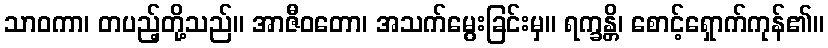
သာဝကာ၊ တပည့်တို့သည်။ အာဇီဝတော၊ အသက်မွေးခြင်းမှ။ ရက္ခန္တိ၊ စောင့်ရှောက်ကုန်၏။